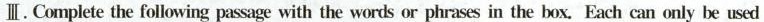
Ⅲ.Complete the following passage with the words or phrases in the box. Each can only be used